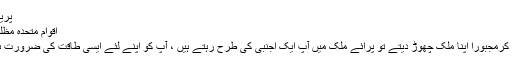
پریبکے کو ’’آرڈیٹینے کے غاروں کا
اقوام متحدہ مظلوم ودربَدرانسانوں کے لیئے مسیحا
جب آپ ایسی مشکلات کا شکار ہو کرمجبوراً اپنا ملک چھوڑ دیتے تو پرائے ملک میں آپ ایک اجنبی کی طرح رہتے ہیں ، آپ کو اپنے لئے ایسی طاقت کی ضرورت ہوتی ہے جو آپ کا دفاع کر سکے۔